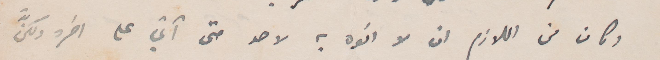
وكان من اللازم ان انوه به لاحد حتى آتي على آخره ولكنّ